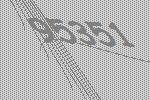
95351